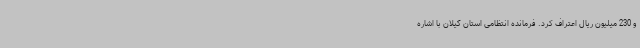
و 230 میلیون ریال اعتراف کرد. فرمانده انتظامی استان گیلان با اشاره